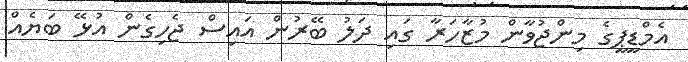
އެމްޑީޕީގެ މިންޖުވާން މުޒާހަރާ ގައި ދަލު ބޭރުން އައިސް ޖެހިގެން އުޅޭ ބަޔެއް